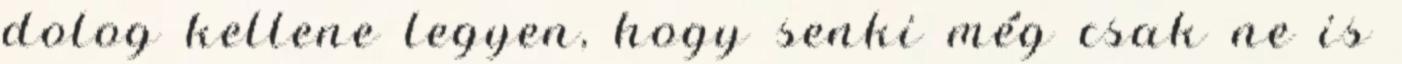
dolog kellene legyen, hogy senki még csak ne is